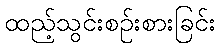
ထည့်သွင်းစဉ်းစားခြင်း